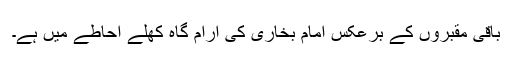
باقی مقبروں کے برعکس امام بخاری کی آرام گاہ کھلے احاطے میں ہے۔